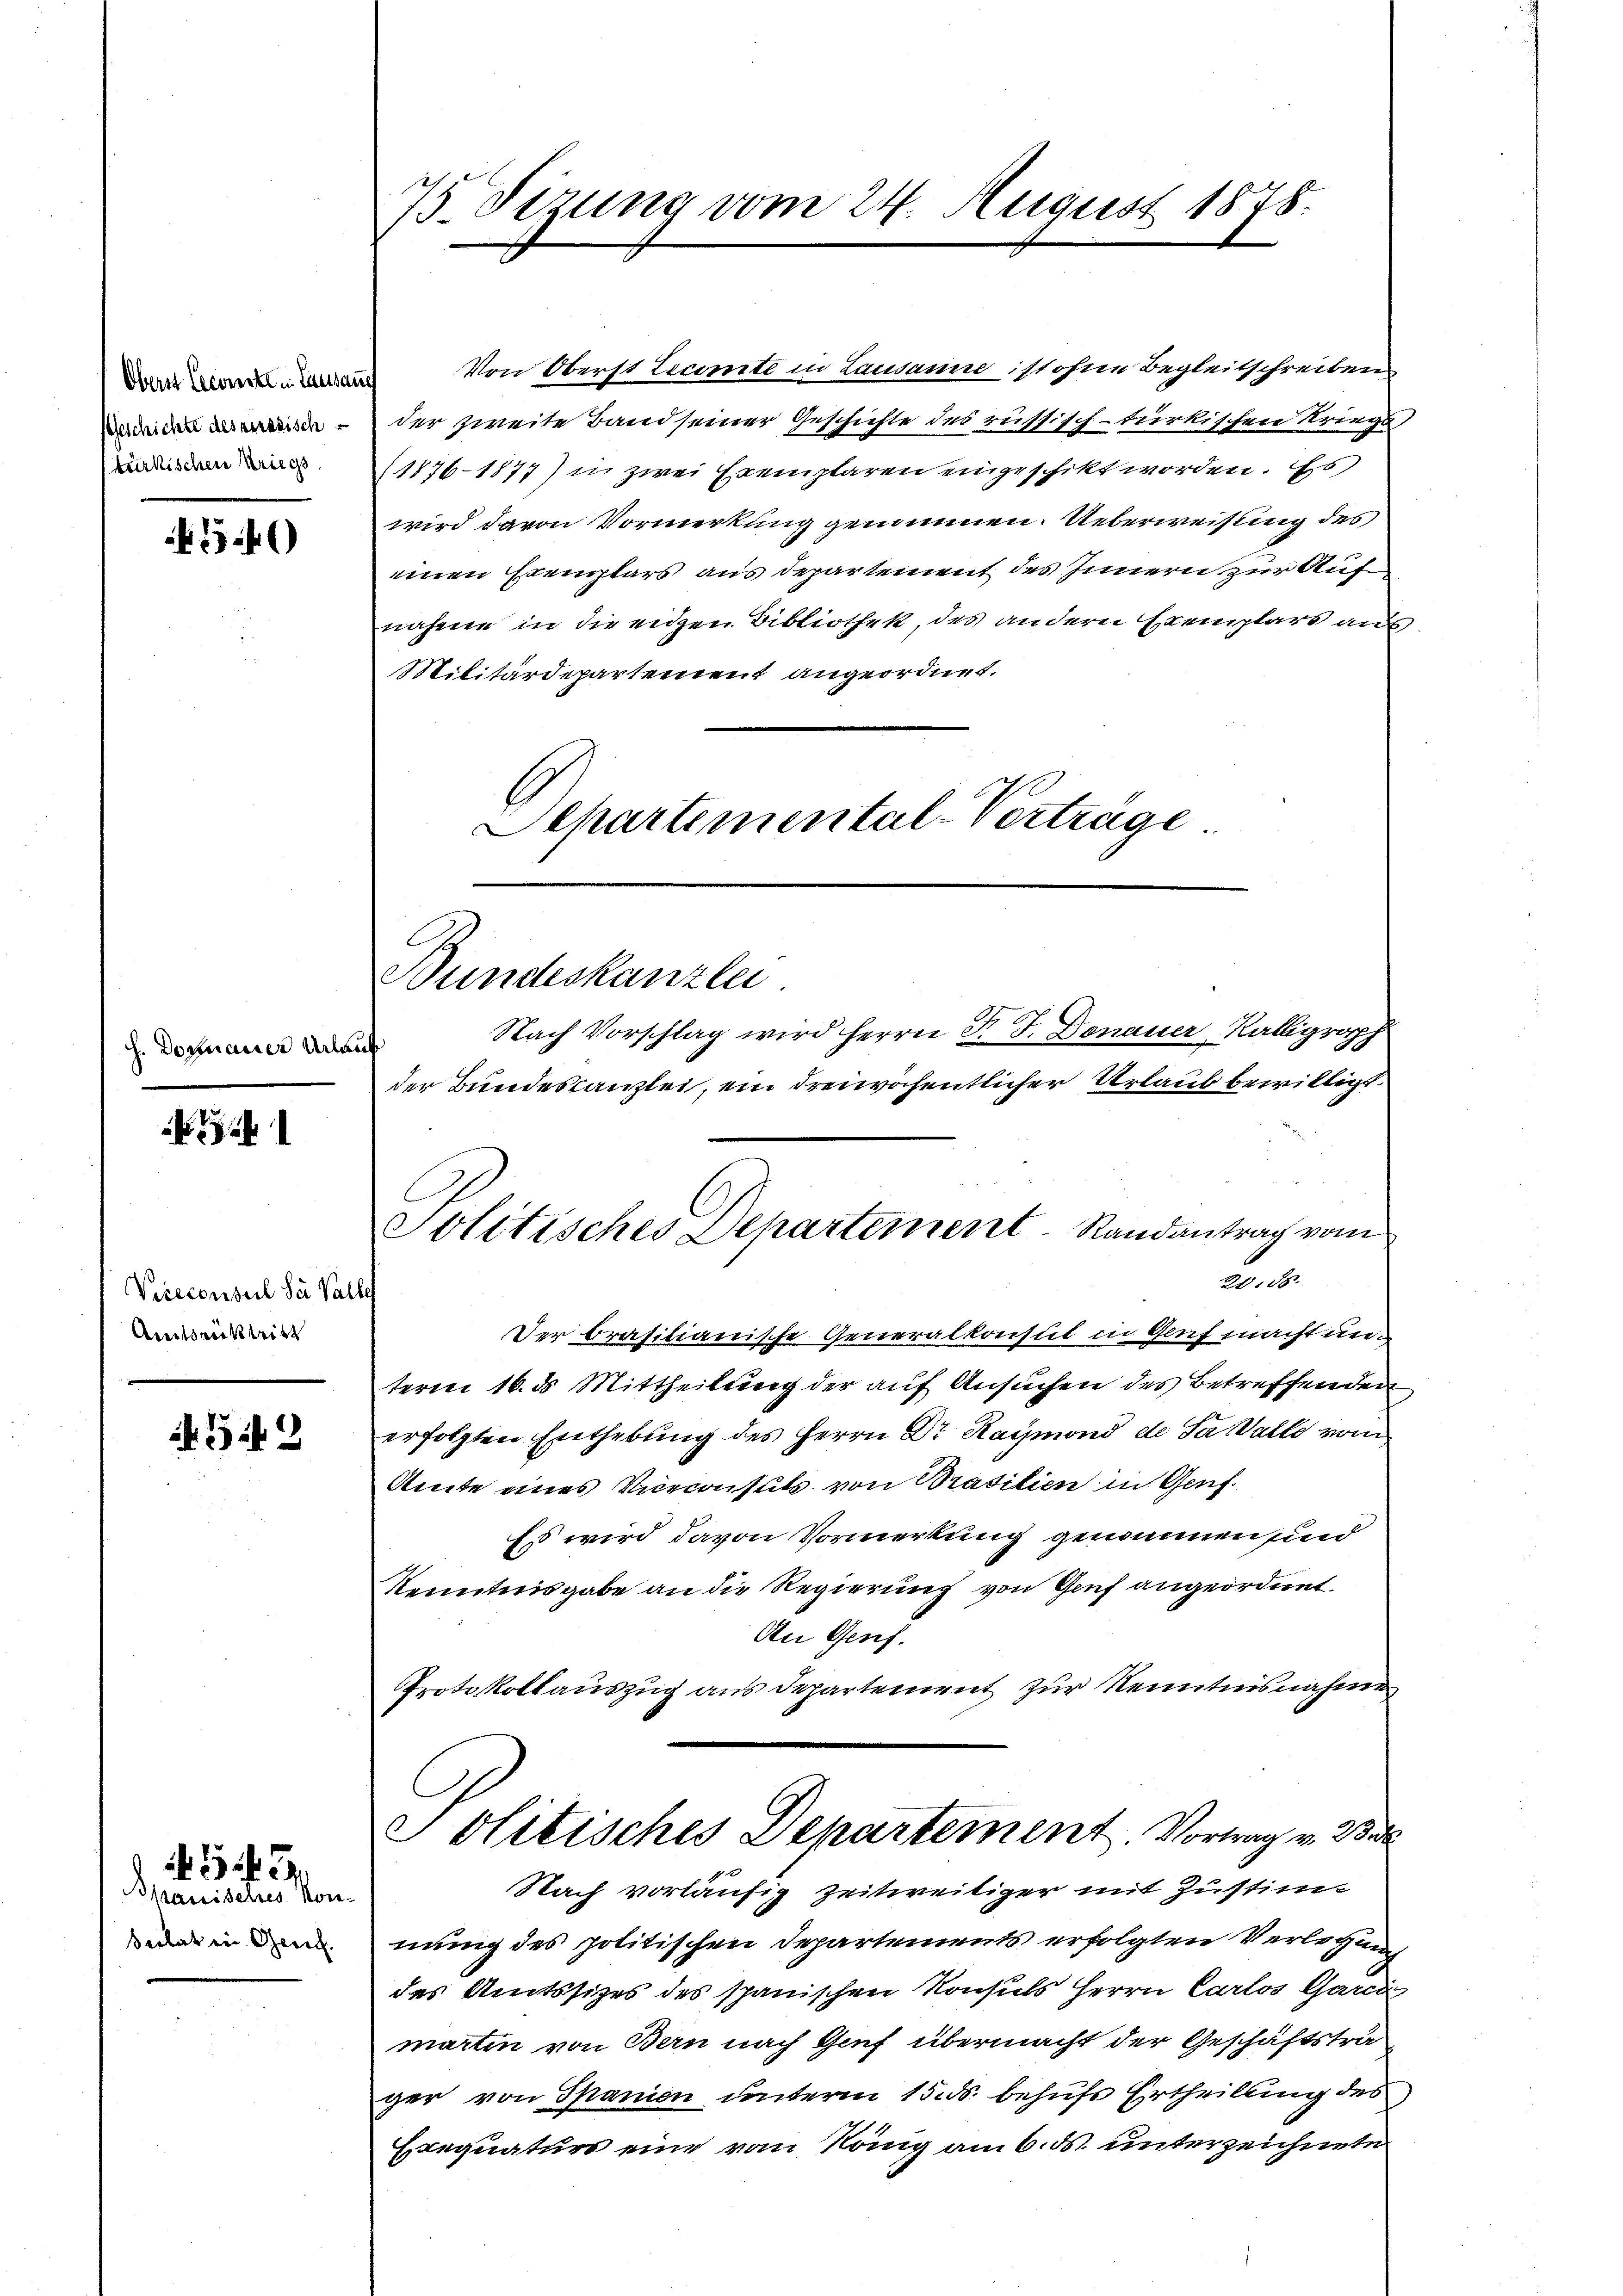
Oberst Cecaricht in Lausau
Geschichte desseresisch
türkischen Kriegs

1546)

J. Donauer Urlau

Vireconsul der Valle
Amtsrücktritt

512

Spanisches Mon.
scolat in Gene

45 f 3

75 Sizung vom 24. August 1878.

Von Oberst Zecimite in Lausanne ist ohne Begleitschreiben
der zweite Band seiner Geschichte des russisch-türkischen Kriegs¬
1876-1877) in zwei Exemplaren eingeschikt worden. Es
wird davon Vormerkung genommen. Ueberweisung des
einen Exemplars aus departement des Innern zur Auf
nahme in die eigen Bibliothek, des andern Exemplars aus¬
Militärdepartement angeordnet.
Separtemental-Verträge.

Bundeskanzlei

Solitisches Departement Randantrag vom

Nach Vorschlag wird Herrn P. F. Donauer, Kalligraph
der Bundeskanzlei, ein dreiwöchentlicher Urlaub bewilligt.
2088
Der brasitianische Generalkonsul in Genf macht un-
term 16. ds Mittheilung der auf Ansuchen des Betreffenden
erfolgten Enthebung des Herrn Dr Raymond de Sa Walle vom
Amte eines Viceconsuls von Brasilien in Genf
Es wird davon Vormerkung genommen sind
Kenntnisgabe an die Regierung von Genf angeordnet.
An Genf.
Protokollauszug aus Departement zur Kenntnisnahmen
olitisches Departement. Vortrag v. 23
Nach vorläufig zeitweiliger mit Zustim
mung des politischen Departements erfolgten Verletzung
des Amtssitzes des spanischen Konsuls Herrn Carlos Garca
martin von Bern nach Genf übermacht der Geschäftsträger von Spanien unterm 15. ds. behufe Ertheilung des
Exequaturs eine vom König am 6. ds. unterzeichnete